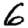
Digit: 6